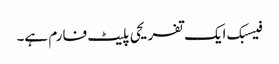
فیسبک ایک تفریحی پلیٹ فارم ہے۔